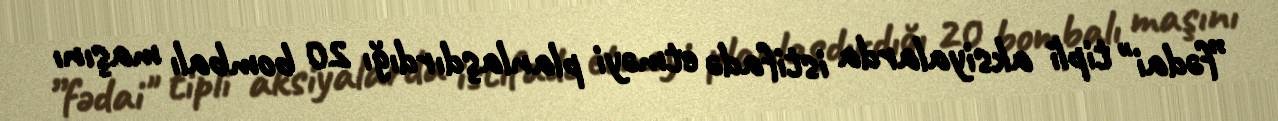
”fədai" tipli aksiyalarda istifadə etməyi planlaşdırdığı 20 bombalı maşını